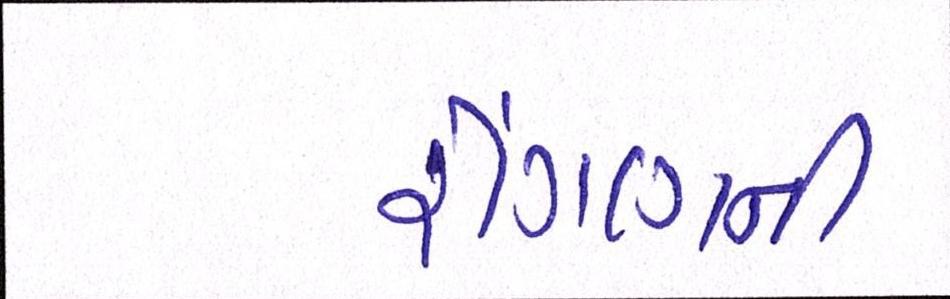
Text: રીંગણની